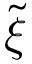
\tilde { \xi }